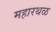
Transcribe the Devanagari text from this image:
महारथळ